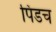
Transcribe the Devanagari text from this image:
पिंडच